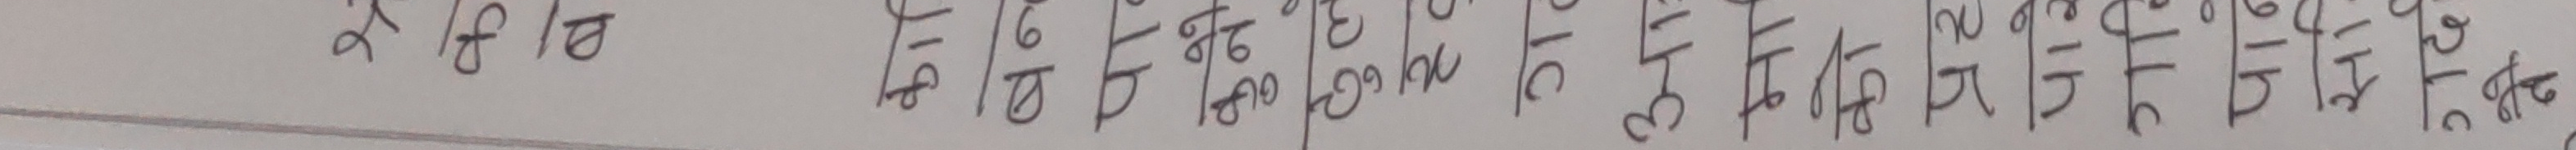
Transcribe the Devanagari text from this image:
२५ १६ १८ १० १६ १९ २० २१ २२ २४ २८ २६ २७ ३१ ३० ३२ ३४ ३६